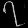
Digit: ၇